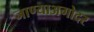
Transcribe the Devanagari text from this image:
जाण्याअगोदर